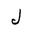
Letter: _lam